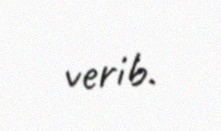
verib.